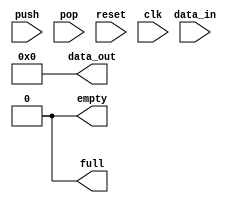
module FIFO_7(data_out, empty, full, data_in, push, pop, reset, clk);
	parameter DEPTH = 8;			
	parameter WIDTH = 8;
	output [WIDTH-1:0] data_out;
	output empty;
	output full;
	input [WIDTH-1:0] data_in;
	input push;
	input pop;
	input reset;
	input clk;
	reg [WIDTH-1:0] data_out;		
	reg empty,full;					
	reg [DEPTH-1:0] wraddr, rdaddr;
	reg [DEPTH-1:0] reg_file [WIDTH-1:0];
	reg [DEPTH-1:0] num_elems;
	always @(reset)
	begin
		data_out=8'd0;
		empty=1'd0;
		full=1'd0;
		wraddr=8'd0;
		rdaddr=8'd0;
		num_elems=8'd0;
	end
	always @(posedge clk)
	begin
		if(push && (~full) && (~pop))
		begin
			reg_file[wraddr] = data_in;
			wraddr=(wraddr+1)%DEPTH;
			num_elems=num_elems+1;
			if(empty)
			begin
				empty=1'd0;
			end
			if((wraddr==rdaddr) &&(~empty) && (num_elems==DEPTH))
			begin
				full=1'd1;
			end
			else
			begin
				full=1'd0;
			end
		end
		else if(pop && (~empty) && (~push))
		begin
			data_out=reg_file[rdaddr];
			rdaddr=(rdaddr+1)%DEPTH;
			num_elems=num_elems-1;
			if(full)
			begin
				full=1'd0;
			end
			if(wraddr==rdaddr)
			begin
				empty=1'd1;
			end
			else
			begin
				empty=1'd0;
			end
		end
	end
endmodule